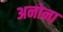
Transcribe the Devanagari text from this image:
अनोना